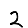
Digit: 2